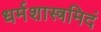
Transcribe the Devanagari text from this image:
धर्मशास्त्रमिदं